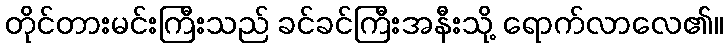
တိုင်တားမင်းကြီးသည် ခင်ခင်ကြီးအနီးသို့ ရောက်လာလေ၏။